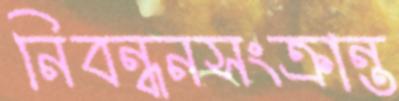
নিবন্ধনসংক্রান্ত